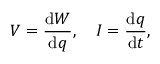
V = { \frac { \mathrm { d } W } { \mathrm { d } q } } , \quad I = { \frac { \mathrm { d } q } { \mathrm { d } t } } , \,